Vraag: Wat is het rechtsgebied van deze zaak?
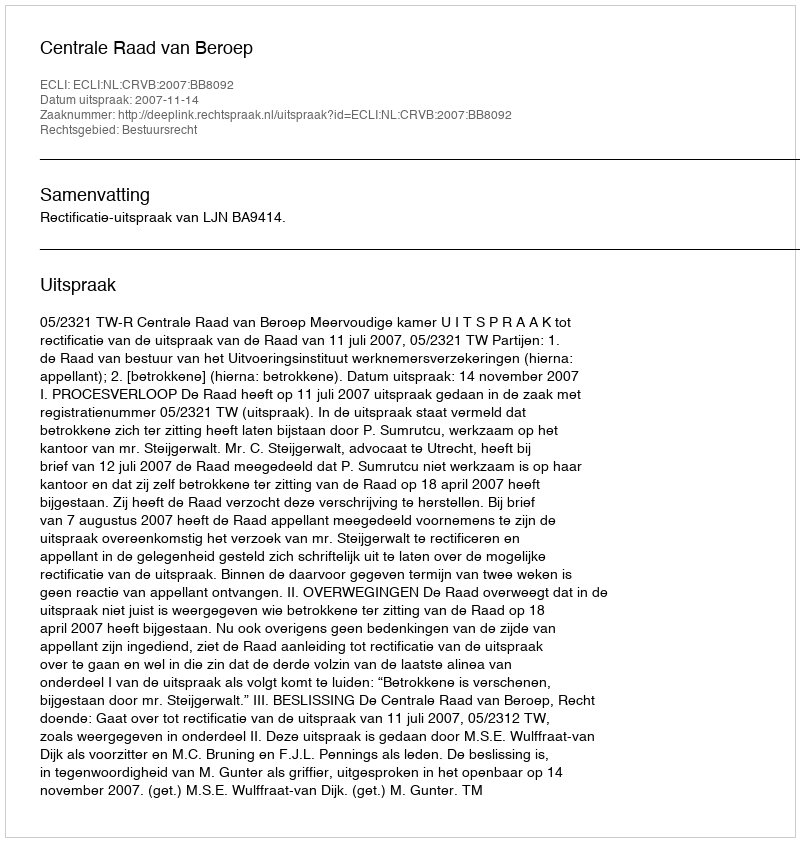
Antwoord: Bestuursrecht